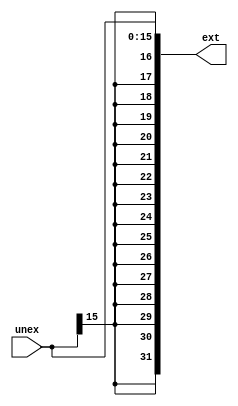
module ext_de_sinal
             (
            input [15:0] unex,

	    output [31:0] ext
             );

assign ext = {{16{unex[15]}}, unex};
endmodule